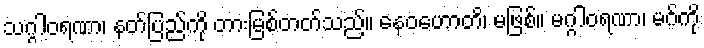
သဂ္ဂါဝရဏာ၊ နတ်ပြည်ကို တားမြစ်တတ်သည်။ နေဝဟောတိ၊ မဖြစ်။ မဂ္ဂါဝရဏာ၊ မဂ်ကို